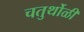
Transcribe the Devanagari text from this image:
चतुर्थोळी